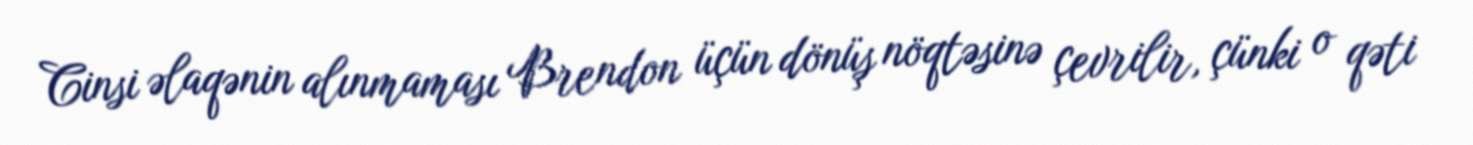
Cinsi əlaqənin alınmaması Brendon üçün dönüş nöqtəsinə çevrilir, çünki o qəti